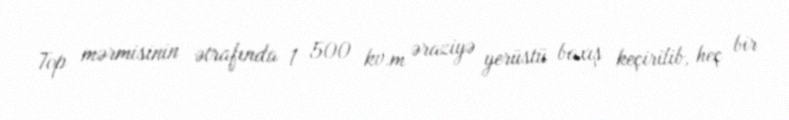
Top mərmisinin ətrafında 1 500 kv.m əraziyə yerüstü baxış keçirilib, heç bir